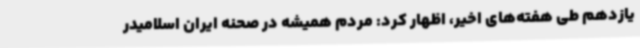
یازدهم طی هفته‌های اخیر، اظهار کرد: مردم همیشه در صحنه ایران اسلامیدر